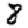
Digit: 8